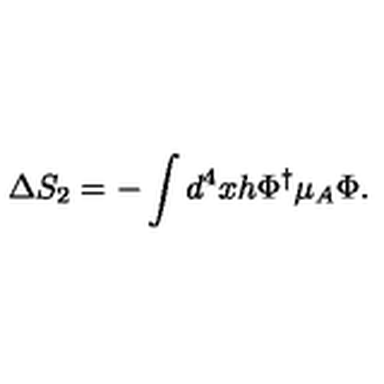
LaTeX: \Delta S _ { 2 } = - \int d ^ { 4 } x h \Phi ^ { \dagger } \mu _ { A } \Phi .